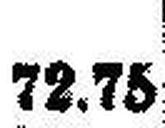
72.75